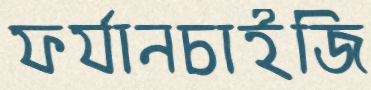
ফর্যানচাইজি